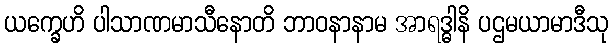
ယက္ခေဟိ ပါသာဏမာသီနောတိ ဘာဝနာနာမ အာရဒ္ဓါနိ ပဌမယာမာဒီသု